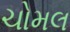
ચોમલ